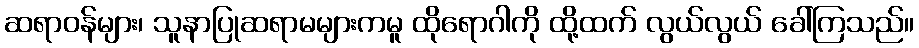
ဆရာဝန်များ၊ သူနာပြုဆရာမများကမူ ထိုရောဂါကို ထို့ထက် လွယ်လွယ် ခေါ်ကြသည်။